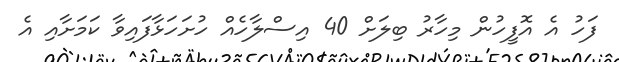
ފަހު އެ އޮފީހުން މިހާރު ބިލަށް 40 އިސްލާހެއް ހުށަހަޅާފައިވާ ކަމަށާއި އެ